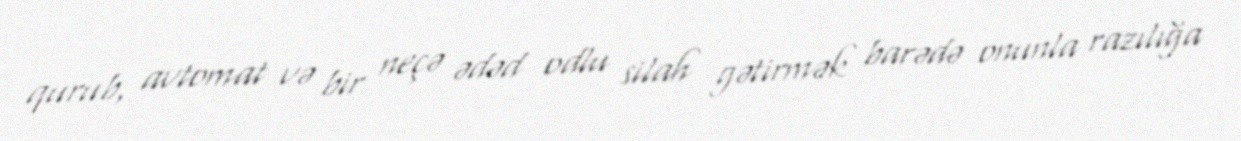
qurub, avtomat və bir neçə ədəd odlu silah gətirmək barədə onunla razılığa